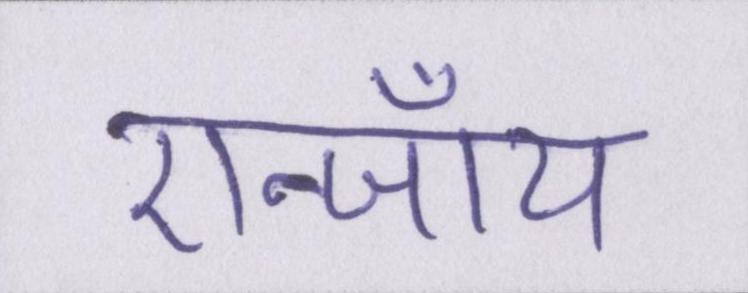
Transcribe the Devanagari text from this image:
एन्जॉय